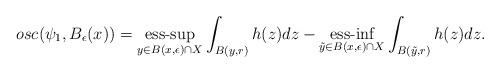
LaTeX: \begin{align*} osc(\psi_1,B_\epsilon(x))= \underset{ y\in B(x,\epsilon)\cap X }{ \textrm{ess-sup} } \int_{B(y,r)} h(z)dz- \underset{ \tilde y\in B(x,\epsilon) \cap X}{ \textrm{ess-inf} } \int_{B(\tilde y,r)} h(z)dz. \end{align*}